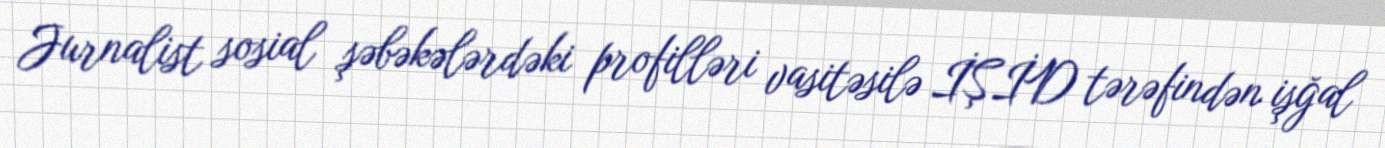
Jurnalist sosial şəbəkələrdəki profilləri vasitəsilə İŞİD tərəfindən işğal